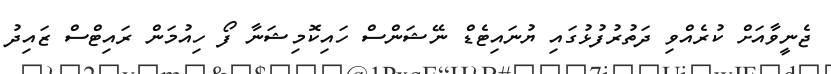
ޖެނީވާއަށް ކުރެއްވި ދަތުރުފުޅުގައި ޔުނައިޓެޑް ނޭޝަންސް ހައިކޮމިޝަނާ ފޯ ހިއުމަން ރައިޓްސް ޒައިދު